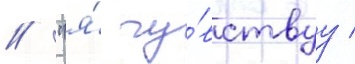
// "я́ чу́вствуу /